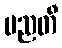
မညတီ